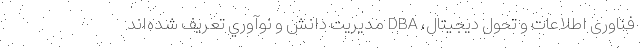
فناوری اطلاعات و تحول دیجیتال، DBA مديريت دانش و نوآوري تعریف شده‌اند